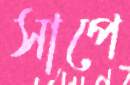
সাপে